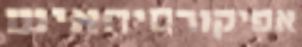
אפיקורסיהאיש